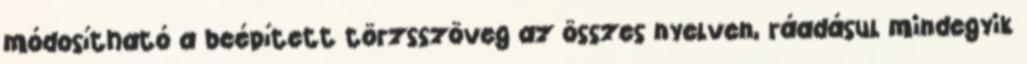
módosítható a beépített törzsszöveg az összes nyelven, ráadásul mindegyik